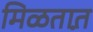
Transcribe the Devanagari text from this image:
मिळतात़